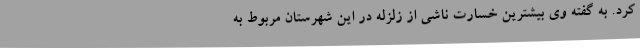
کرد. به گفته وی بیشترین خسارت ناشی از زلزله در این شهرستان مربوط به